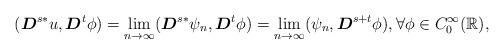
LaTeX: \begin{align*}(\boldsymbol{D}^{s*}u, \boldsymbol{D}^t\phi)=\lim_{n\rightarrow \infty}(\boldsymbol{D}^{s*}\psi_n, \boldsymbol{D}^t\phi)=\lim_{n\rightarrow \infty}(\psi_n, \boldsymbol{D}^{s+t}\phi), \forall \phi\in C_0^\infty(\mathbb{R}),\end{align*}